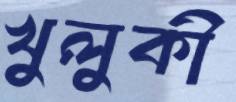
খুলুকী